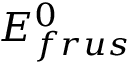
E _ { f r u s } ^ { 0 }